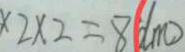
\times 2 \times 2 = 8 ( d m )